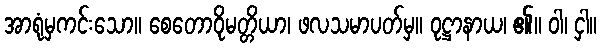
အာရုံမှကင်းသော။ စေတောဝိုမတ္တိယာ၊ ဖလသမာပတ်မှ။ ဝုဋ္ဌာနာယ၊ ၏။ ဝါ၊ ငှါ။